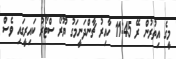
މީގެ އިތުރުން ރޭ 11:45 ހާއިރު ޗާންދަނީމަގު ޔޫރޯ ސްޓޯރު ކައިރީގައި ވެސް